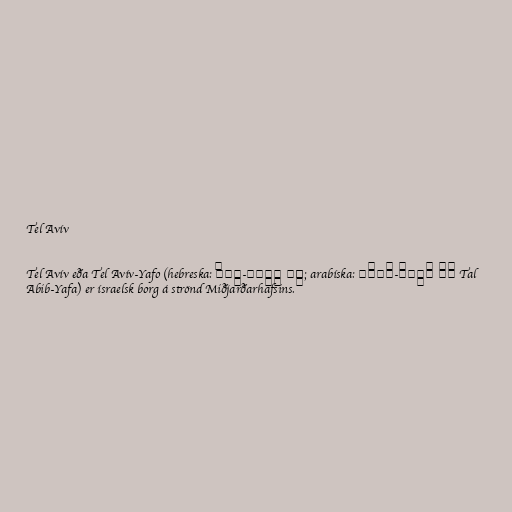
Tel Avív

Tel Avív eða Tel Avív-Yafo (hebreska: תֵּל אָבִיב-יָפוֹ; arabíska: تَلْ أَبِيبْ-يَافَا‎ Tal
Abib-Yafa) er ísraelsk borg á strönd Miðjarðarhafsins.